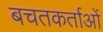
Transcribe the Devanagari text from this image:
बचतकर्ताओं